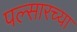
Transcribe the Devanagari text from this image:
पल्सारच्या